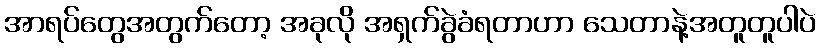
အာရပ်တွေအတွက်တော့ အခုလို အရှက်ခွဲခံရတာဟာ သေတာနဲ့အတူတူပါပဲ